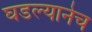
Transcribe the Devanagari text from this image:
घडल्यानेच